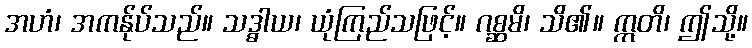
အဟံ၊ အကန်ုပ်သည်။ သဒ္ဓါယ၊ ယုံကြည်သဖြင့်။ ဂစ္ဆမိ၊ သိ၏။ ဣတိ၊ ဤသို့။